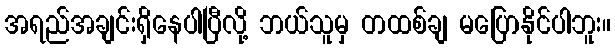
အရည်အချင်းရှိနေပါပြီလို့ ဘယ်သူမှ တထစ်ချ မပြောနိုင်ပါဘူး။